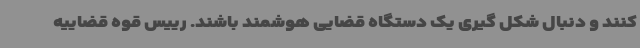
کنند و دنبال شکل گیری یک دستگاه قضایی هوشمند باشند. رییس قوه قضاییه